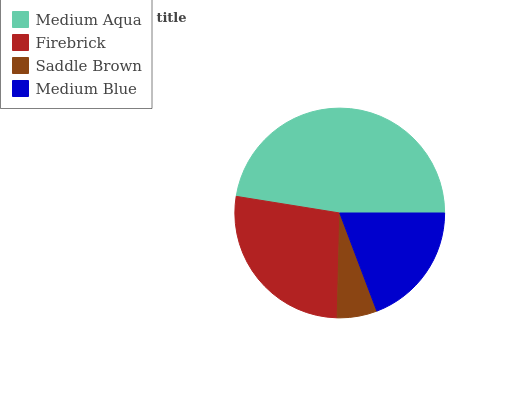
| Medium Aqua | Firebrick | Saddle Brown | Medium Blue |
 | --- | --- | --- | --- |
 | 47.4% | 27.2% | 6.14% | 19.2% |